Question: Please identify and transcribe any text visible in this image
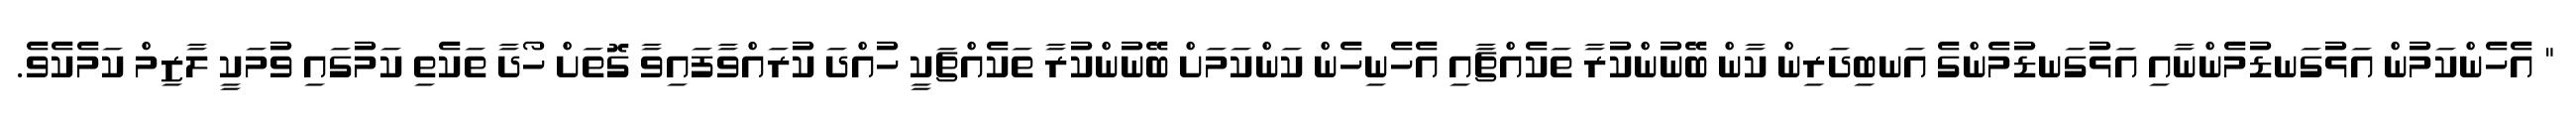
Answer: " އެހެންކަމުން އަޅުގަނޑުމެންނާއި އަޅުގަނޑުމެންގެ އަނބިދަރިން ކާން ބޭނުންކުރާ ތަކެއްޗާއި އެހެނިހެން ކަންކަމަށް ބޭނުންކުރާ ތަކެއްޗަކީ ހުއްދަ ކުރައްވާފައިވާ ގޮތަށް ހޯދާ ތަކެތި ކަމުގައި ވުމަކީ ލާޒިމް ކަމެކެވެ.